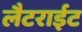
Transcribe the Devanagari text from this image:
लैटराईट